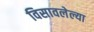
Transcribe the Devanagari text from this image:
विसावलेल्या